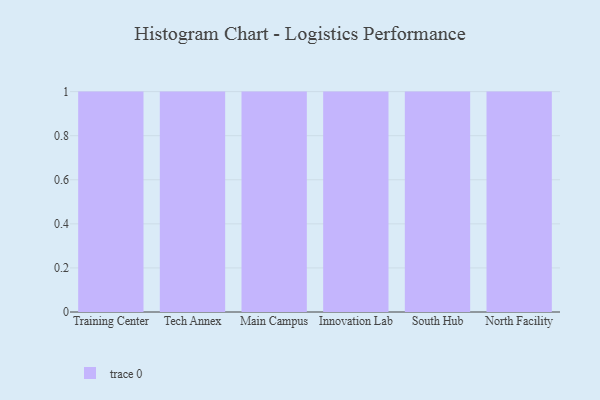
{"axis": {"x": "Campus", "y": "Satisfaction Score"}, "legend": [""], "data": [{"x": "Training Center", "y": 98, "type": ""}, {"x": "Tech Annex", "y": 56, "type": ""}, {"x": "Main Campus", "y": 24, "type": ""}, {"x": "Innovation Lab", "y": 33, "type": ""}, {"x": "South Hub", "y": 71, "type": ""}, {"x": "North Facility", "y": 36, "type": ""}]}